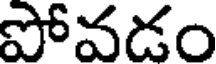
పోవడం